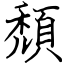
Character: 頹